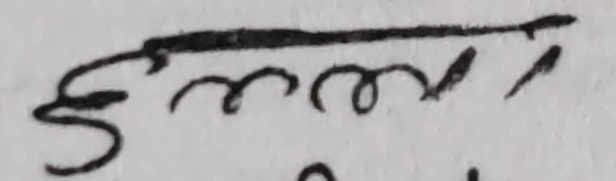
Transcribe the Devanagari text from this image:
दुमला।